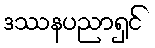
ဒဿနပညာရှင်